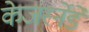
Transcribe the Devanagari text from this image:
केजर्स्नेडे